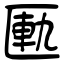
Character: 匭